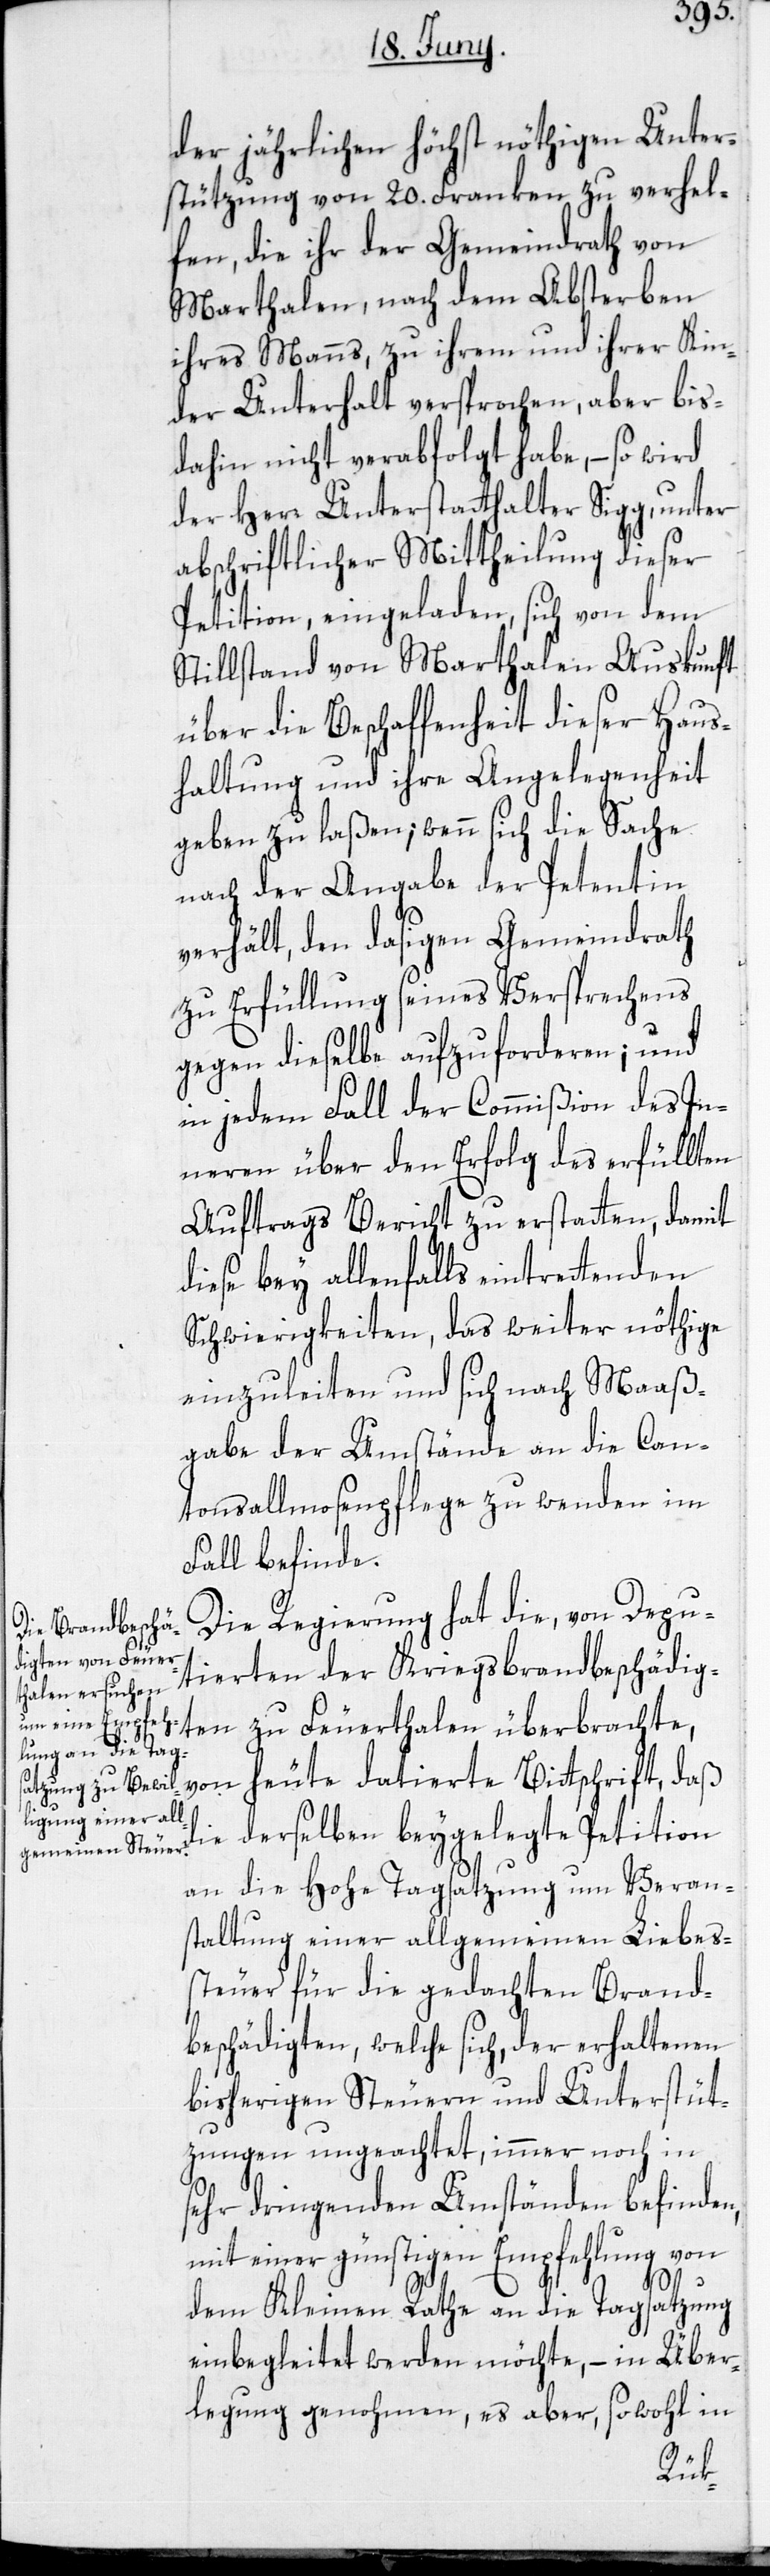
der jährlichen höchst nöthigen Unter¬
stützung von 20. Franken zu verhel¬
fen, die ihr der Gemeindrath von
Marthalen, nach dem Absterben
ihres Manns, zu ihrem und ihrer Kin¬
der Unterhalt versprochen, aber bis
dahin nicht verabfolgt habe, – so wird
der Herr Unterstatthalter Sigg, unter
abschriftlicher Mittheilung dieser
Petition, eingeladen, sich von dem
Stillstand von Marthalen Auskunft
über die Beschaffenheit dieser Haus¬
haltung und ihre Angelegenheit
geben zu laßen; wenn sich die Sache
nach der Angaabe der Petentin
verhält, den dasigen Gemeindrath
zu Erfüllung seines Versprechens
gegen dieselbe aufzuforderen; und
in jedem Fall der Commißion des In¬
neren über den Erfolg des erfüllten
Auftrags Bericht zu erstatten, damit
diese bey allenfalls eintrettenden
Schwierigkeiten, das weiter nöthige
einzuleiten und sich nach Maaß¬
gabe der Umstände an die Can¬
tonsallmosenpflege zu wenden im
Fall befinde.
Die Regierung hat die, von Depu¬
iegsbrandbeschä¬
digten zu Feuerthalen überbrachte,
von heute datierte Bittschrift, daß
die derselben beygelegte Petition
an die Hohe Tagsatzung um Veran¬
staltung einer allgemeinen Liebes¬
steuer für die gedachten Brand¬
beschädigten, welche sich, der erhaltenen
bisherigen Steuern und Unterstüt¬
zungen ungeachtet, immer noch in
sehr dringenden Umständen befinden,
mit einer günstigen Empfehlung von
dem Kleinen Rathe an die Tagsatzung
einbegleitet werden möchte, – in Über¬
legung genohmen, es aber, sowohl in